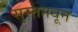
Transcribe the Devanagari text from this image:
सुरतमधून